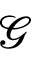
\mathcal { G }